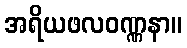
အရိယဖလဝဏ္ဏနာ။